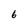
Character: 6